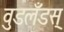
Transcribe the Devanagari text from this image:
वुडलँडस्